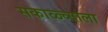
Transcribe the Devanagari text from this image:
सकाळ्च्याला